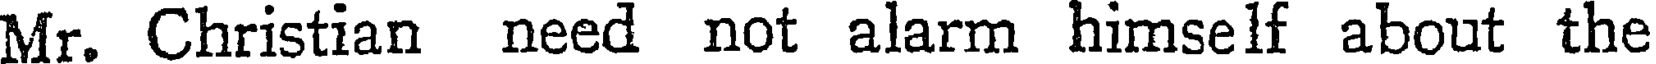
Mr. Christian need not alarm himself about the